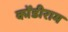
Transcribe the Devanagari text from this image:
कोंडीराम